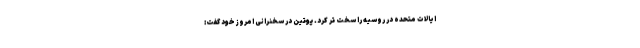
ایالات متحده در روسیه را سخت تر کرد. پوتین در سخنرانی امروز خود گفت: